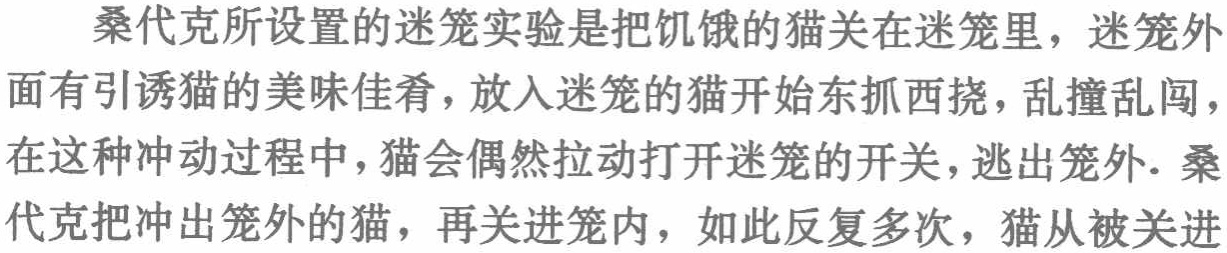
桑代克所设置的迷笼实验是把饥饿的猫关在迷笼里，迷笼外
面有引诱猫的美味佳肴，放入迷笼的猫开始东抓西挠，乱撞乱闯，
在这种冲动过程中，猫会偶然拉动打开迷笼的开关，逃出笼外. 桑
代克把冲出笼外的猫，再关进笼内，如此反复多次，猫从被关进